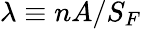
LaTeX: \lambda\equiv nA/S_{F}